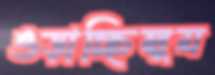
ওড়াচ্ছিলুম